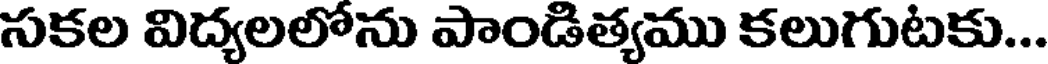
సకల విద్యలలోను పాండిత్యము కలుగుటకు...